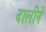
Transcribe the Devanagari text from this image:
दालीने